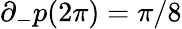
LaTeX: \partial_{-}p(2\pi)=\pi/8